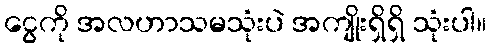
ငွေကို အလဟာသမသုံးပဲ အကျိုးရှိရှိ သုံးပါ။